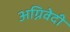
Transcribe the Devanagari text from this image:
अग्निवेदी